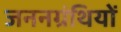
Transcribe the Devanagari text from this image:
जननग्रंथियों